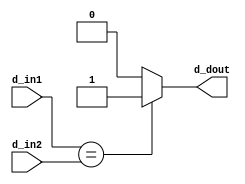
`timescale 1ns / 1ps
//////////////////////////////////////////////////////////////////////////////////
// Company: 
// Engineer: 
// 
// Design Name: 
// Module Name: comparator0
// Project Name: 
// Target Devices: 
// Tool Versions: 
// Description: 
// 
// Dependencies: 
// 
// Revision:
// Revision 0.01 - File Created
// Additional Comments:
// 
//////////////////////////////////////////////////////////////////////////////////


module comparator0
/*** PARAMETERS ***/
#(parameter
    // WL
    DATA_WL     = 32
)
/*** IN/OUT ***/
(
    // IN
    input [DATA_WL - 1 : 0]     d_in1,
                                d_in2,
    // OUT
    output                      d_dout
);

assign d_dout = (d_in1 == d_in2) ? 1 : 0;

endmodule